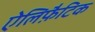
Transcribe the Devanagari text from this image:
ऐलिफ़ैटिक